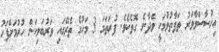
އިހުސާސްވާވަރު ތަފާތުވުމަކީ ވެދާނެ ގޮތެކެވެ. ފުރަތަމަ 3 މަހުގެ ތެރޭގައި ވަރުބަލިކަން ހުރުމަށްފަހު